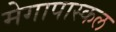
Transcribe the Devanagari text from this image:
मेगापास्कल